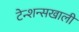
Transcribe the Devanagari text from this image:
टेन्शन्सखाली